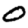
Digit: 0